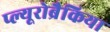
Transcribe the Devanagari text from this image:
प्ल्यूरोब्रैकिया